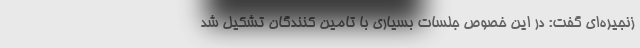
زنجیره‌ای گفت: در این خصوص جلسات بسیاری با تامین کنندگان تشکیل شد